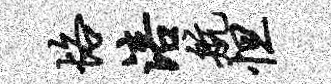
恪涪航怛